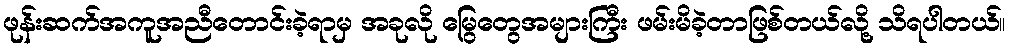
ဖုန်းဆက်အကူအညီတောင်းခဲ့ရာမှ အခုလို မြွေတွေအများကြီး ဖမ်းမိခဲ့တာဖြစ်တယ်လို့ သိရပါတယ်။